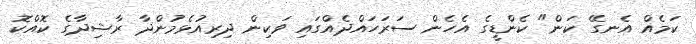
ކަމެއް އެނގޭ ކަން" ކެންޑީގެ އެހެން ސަރަހައްދެއްގައި ވަކިން ދިރިއުޅެމުންދާ ރާޝިދާގެ ކޮއްކޮ